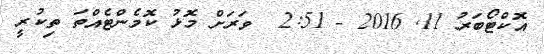
އޮކްޓޯބަރު 11